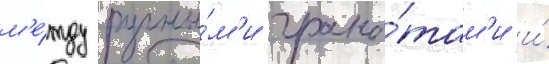
м'е́жду ручны́м'и грана́там'и и́